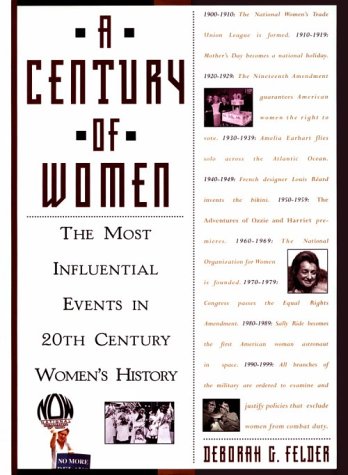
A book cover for A Century Of Women: The Most Influential Events in Twentieth-Century Women's History; Deborah Felder; Politics & Social Sciences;